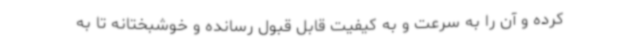
کرده و آن را به سرعت و به کیفیت قابل قبول رسانده و خوشبختانه تا به